Lunatic asylums Central Provinces reports 1895-1909 - 1895-1909
Year: 1895
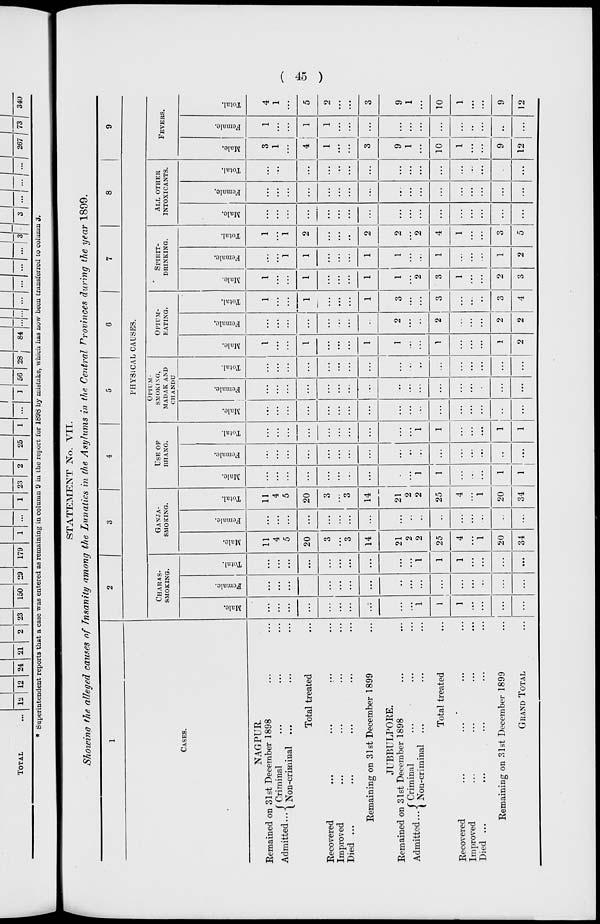
(
45
)
STATEMENT No. VII.
Showing the alleged causes of Insanity among the Lunatics in the Asylums in the Central Provinces during the year 1899.
1
CASES.
NAGPUR.
Remained on 31st December 1898 ... ...
Admitted ...
Criminal ... ... ...
Non-criminal ... ... ...
Total treated ...
Recovered ... ... ... ...
Improved ... ... ... ...
Died ... ... ... ... ...
Remaining on 31st December 1899 ...
JUBBULPORE.
Remained on 31st December 1898 ... ...
Admitted ... Criminal ... ... ...
Non-criminal ... ... ...
Total treated ...
Recovered ... ... ... ...
Improved ... ... ... ...
Died ... ... ... ... ...
Remaining on 31st December 1899 ...
GRAND TOTAL ...
2
3
4
5
6
7
8
9
PHYSICAL CAUSES.
CHARAS-
SMOKING.
Male.
...
...
...
...
...
...
...
...
...
...
1
1
1
...
...
...
...
Female.
...
...
...
...
...
...
...
...
...
...
...
...
...
...
...
...
...
Total.
...
...
...
...
...
...
...
...
...
...
1
1
1
...
...
...
...
GANJA-
SMOKING.
Male.
11
4
5
20
3
...
3
14
21
2
2
25
4
...
1
20
34
Female.
...
...
...
...
...
...
...
...
...
...
...
...
...
...
...
...
...
Total.
11
4
5
20
3
...
3
14
21
2
2
25
4
...
1
20
34
USE OF
BHANG.
Male.
...
...
...
...
...
...
...
...
...
1
1
...
...
...
1
1
Female.
...
...
...
...
...
...
...
...
...
...
...
...
...
...
...
...
Total.
...
...
...
...
...
...
...
...
...
...
1
1
...
...
...
1
1
OPIUM
SMOKING,
MADAK AND
CHANDU
Male.
...
...
...
...
...
...
...
...
...
...
...
...
...
...
...
...
...
Female.
...
...
...
...
...
...
...
...
...
...
...
...
...
...
...
...
...
Total.
...
...
...
...
...
...
...
...
...
...
...
...
...
...
...
...
...
OPIUM-
EATING.
Male.
1
...
...
1
...
...
...
1
1
...
...
1
...
...
...
1
2
Female.
...
...
...
...
...
...
...
...
2
...
...
2
...
...
...
2
2
Total.
1
...
...
1
...
...
...
1
3
...
...
3
...
...
...
3
4
SPIRIT-
DRINKING.
Male.
1
...
...
1
...
...
...
1
1
...
2
3
1
...
...
2
3
Female.
...
...
1
1
...
...
...
1
1
...
...
1
...
...
...
1
2
Total.
1
...
1
2
...
...
...
2
2
...
2
4
1
...
...
3
5
ALL OTHER
INTOXICANTS.
Male.
...
...
...
...
...
...
...
...
...
...
...
...
...
...
...
...
Female.
...
...
...
...
...
...
...
...
...
...
...
...
...
...
...
...
Total.
...
...
...
...
...
...
...
...
...
...
...
...
...
...
...
...
FEVERS.
Male.
3
1
...
4
1
...
...
3
9
1
...
10
1
...
...
9
12
Female.
1
...
...
1
1
...
...
...
...
...
...
...
...
...
...
...
...
Total.
4
1
...
5
2
...
...
3
9
1
...
10
1
...
...
9
12